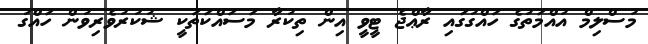
މުސްލިމް އުއްމަތުގެ ހައްގުގައި ރާޢްޖެ ޓީވީ އިން ތިކުރާ މަސައްކަތަކީ ޝުކުރުވެރިވުން ހައްގު